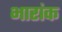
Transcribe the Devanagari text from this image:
भारांक